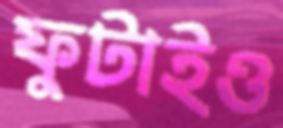
ফুটাইও